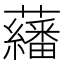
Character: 𱿃